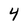
Character: 4